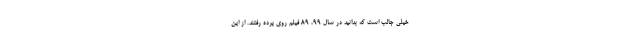
خیلی جالب است که بدانید در سال ۹۹، ۸۹ فیلم روی پرده رفتند. از این